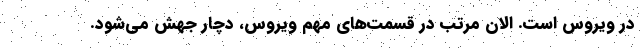
در ویروس است. الان مرتب در قسمت‌‌های مهم ویروس، دچار جهش می‌‌شود.